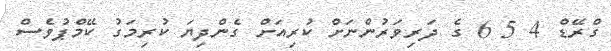
ގްރޭޑް 4 5 6 ގެ ދަރިވަރުންނަށް ކުރިއަށް ގެންދިޔަ ކުރިމަގު ކޭމްޕުވެސް